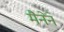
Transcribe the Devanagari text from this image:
मैनेंने